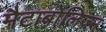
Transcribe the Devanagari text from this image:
मैटाबोलिज़्म